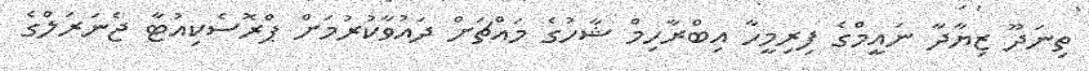
ތިނަދޫ ޒިޔާދާ ނައީމްގެ ފިރިމީހާ އިބްރާހިމް ޝާހުގެ މައްޗަށް ދައުވާކުރުމަށް ޕްރޮސެކިއުޓާ ޖެނަރަލްގެ